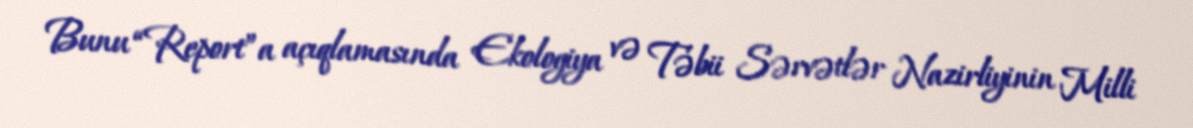
Bunu “Report”a açıqlamasında Ekologiya və Təbii Sərvətlər Nazirliyinin Milli